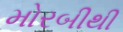
મોરબીથી